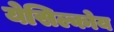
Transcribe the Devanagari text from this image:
येसिल्कोय